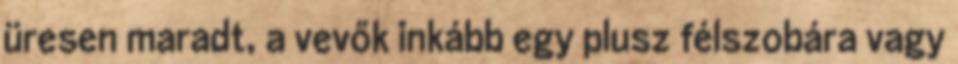
üresen maradt, a vevők inkább egy plusz félszobára vagy